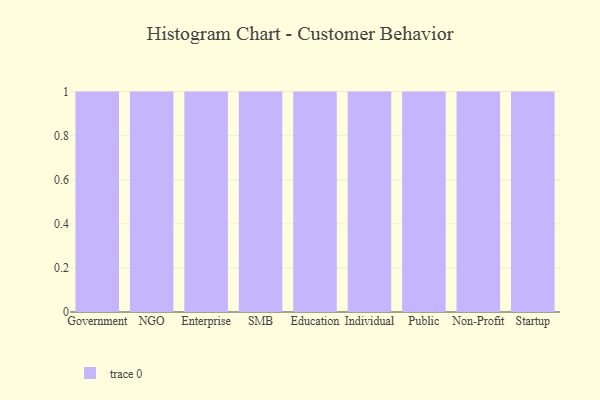
{"axis": {"x": "Segment", "y": "Revenue (USD Million)"}, "legend": [""], "data": [{"x": "Government", "y": 77, "type": ""}, {"x": "NGO", "y": 24, "type": ""}, {"x": "Enterprise", "y": 95, "type": ""}, {"x": "SMB", "y": 88, "type": ""}, {"x": "Education", "y": 74, "type": ""}, {"x": "Individual", "y": 11, "type": ""}, {"x": "Public", "y": 70, "type": ""}, {"x": "Non-Profit", "y": 25, "type": ""}, {"x": "Startup", "y": 92, "type": ""}]}